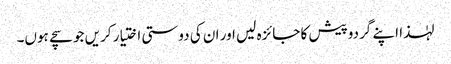
لہٰذا اپنے گردوپیش کا جائزہ لیں اور ان کی دوستی اختیار کریں جو سچے ہوں۔